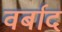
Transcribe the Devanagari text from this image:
वर्बाद